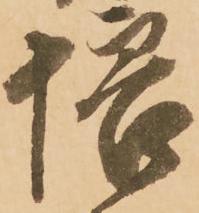
悟